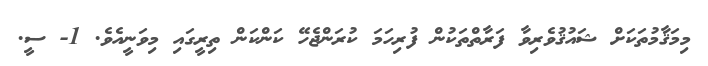
މިމަޤާމުތަކަށް ޝައުޤުވެރިވާ ފަރާތްތަކުން ފުރިހަމަ ކުރަންޖެހޭ ކަންކަން ތިރީގައި މިވަނީއެވެ. 1- ސީ.